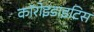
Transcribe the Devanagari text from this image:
कॉरोइडाइटिस